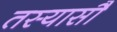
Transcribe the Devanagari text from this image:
तस्यासौ